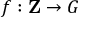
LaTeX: f : \mathbf { Z } \rightarrow G